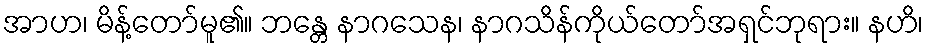
အာဟ၊ မိန့်တော်မူ၏။ ဘန္တေ နာဂသေန၊ နာဂသိန်ကိုယ်တော်အရှင်ဘုရား။ နဟိ၊